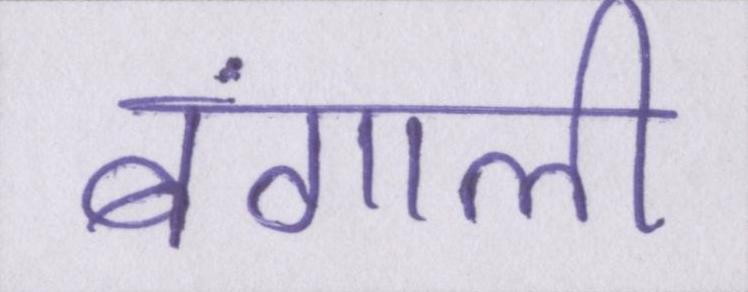
बंगाली